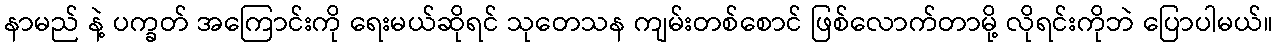
နာမည် နဲ့ ပက္ခတ် အကြောင်းကို ရေးမယ်ဆိုရင် သုတေသန ကျမ်းတစ်စောင် ဖြစ်လောက်တာမို့ လိုရင်းကိုဘဲ ပြောပါမယ်။